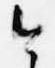
今